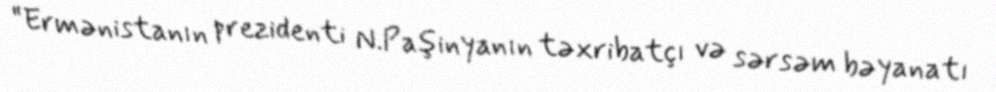
“Ermənistanın prezidenti N.Paşinyanın təxribatçı və sərsəm bəyanatı